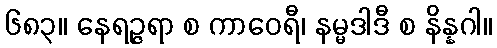
၆၈၃။ နေရဉ္ဇရာ စ ကာဝေရီ၊ နမ္မဒါဒီ စ နိန္နဂါ။